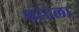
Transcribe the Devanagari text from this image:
चांदला